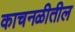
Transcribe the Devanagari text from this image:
काचनळीतील